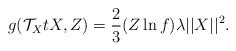
\begin{align*}g(\mathcal{T}_{X}tX, Z)=\frac{2}{3}(Z\ln f)\lambda\vert\vert X \vert\vert^{2}.\end{align*}